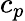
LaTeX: c_{p}